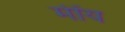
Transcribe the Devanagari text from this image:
मींय